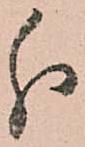
分